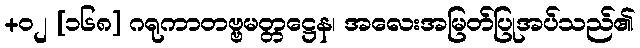
+၀၂ [၁၆၈] ဂရုကာတဗ္ဗမတ္တဋ္ဌေန၊ အလေးအမြတ်ပြုအပ်သည်၏